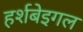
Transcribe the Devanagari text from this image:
हर्शबेइगल